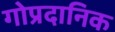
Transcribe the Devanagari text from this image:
गोप्रदानिक